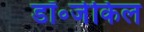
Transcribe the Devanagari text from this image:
डॉ॰जेकिल